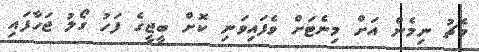
މެޗު ނިމެން އަށް މިނެޓަށް ވެފައިވަނި ކޮށް ބީޖީގެ ފަހު ގޯލު ޖަހާފައި